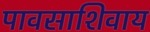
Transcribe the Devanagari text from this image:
पावसाशिवाय